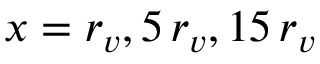
x = r _ { v } , 5 \, r _ { v } , 1 5 \, r _ { v }